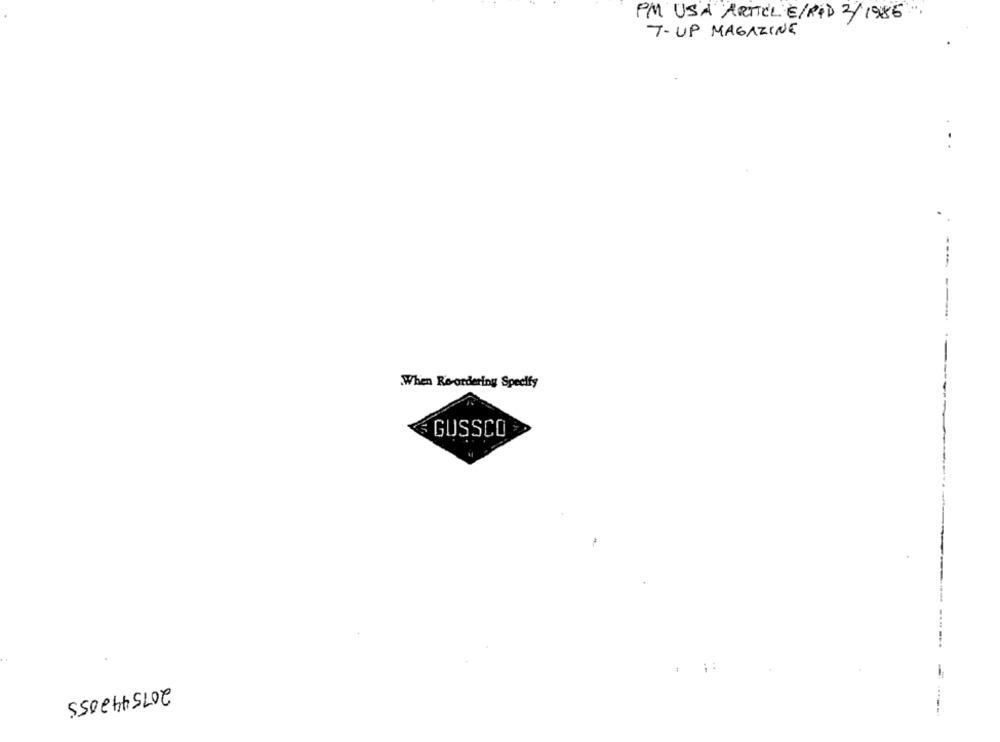
PM USA ARTICLE/RID 2/1986"
7-UP MAGAZINE
..
When Re-ordering Specify
GUSSCO
2075442055
---